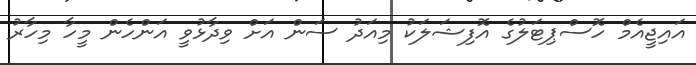
އައިޖީއެމް ހޮސްޕިޓަލުގެ އޮފިޝަލަކު މިއަދު ސަން އަށް ވިދާޅުވީ އަންހެން މީހާ މިހާރު